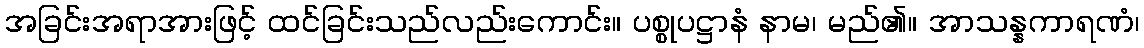
အခြင်းအရာအားဖြင့် ထင်ခြင်းသည်လည်းကောင်း။ ပစ္စုပဋ္ဌာနံ နာမ၊ မည်၏။ အာသန္နကာရဏံ၊